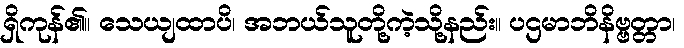
ရှိကုန်၏။ သေယျထာပိ၊ အဘယ်သူတို့ကဲ့သို့နည်း။ ပဌမာဘိနိဗ္ဗတ္တာ၊